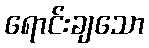
ရောင်းချသော